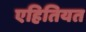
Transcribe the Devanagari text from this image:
एहितियत